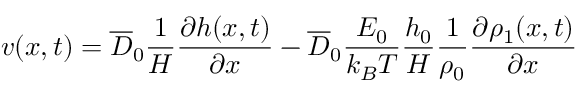
v ( x , t ) = \overline { { D } } _ { 0 } \frac { 1 } { H } \frac { \partial h ( x , t ) } { \partial x } - \overline { { D } } _ { 0 } \frac { E _ { 0 } } { k _ { B } T } \frac { h _ { 0 } } { H } \frac { 1 } { \rho _ { 0 } } \frac { \partial \rho _ { 1 } ( x , t ) } { \partial x }